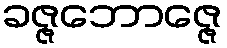
ခဇ္ဇဘောဇ္ဇေ